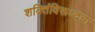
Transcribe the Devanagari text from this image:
शक्तिंविरूध्दचा